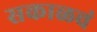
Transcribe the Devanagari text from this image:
सकाळचं